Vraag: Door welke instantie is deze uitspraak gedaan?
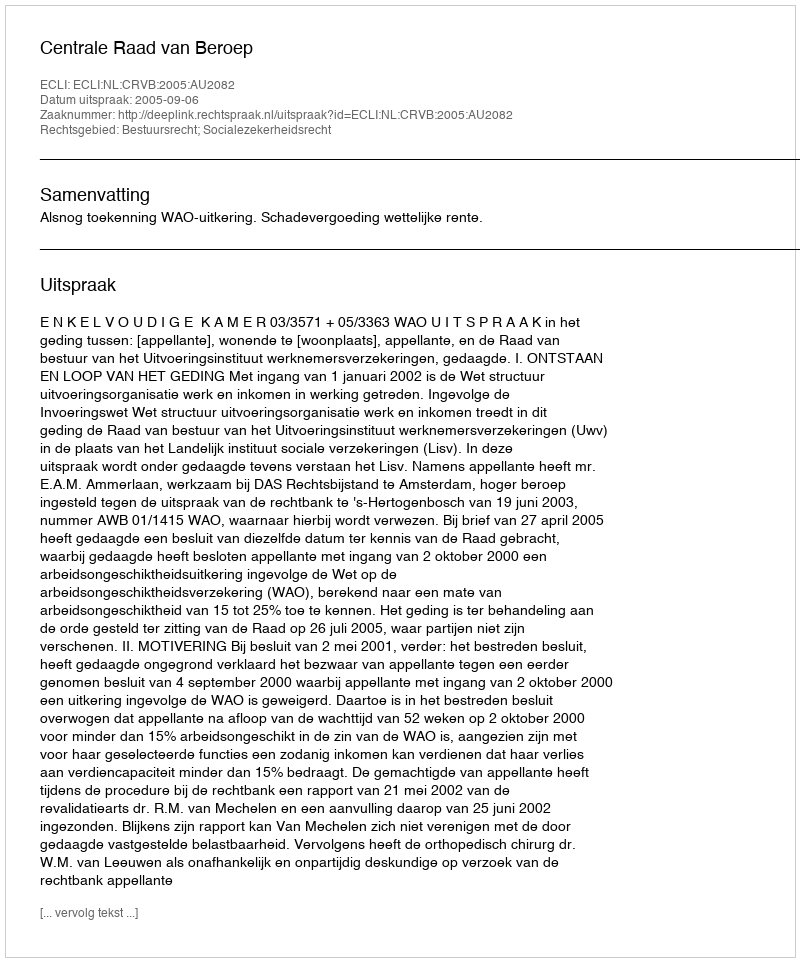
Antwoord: Centrale Raad van Beroep